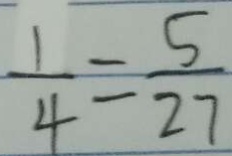
\frac { 1 } { 4 } = \frac { 5 } { 2 7 }